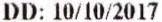
DD: 10/10/2017